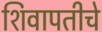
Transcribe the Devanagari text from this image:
शिवापतीचे